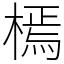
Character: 㯊